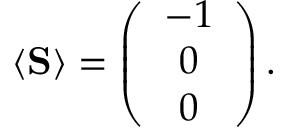
\begin{array} { r } { \langle { \bf S } \rangle = \left( \begin{array} { c } { - 1 } \\ { 0 } \\ { 0 } \end{array} \right) . } \end{array}